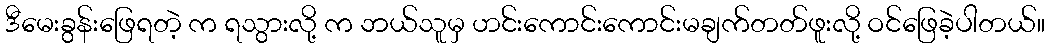
ဒီမေးခွန်းဖြေရတဲ့ က ရသွားလို့ က ဘယ်သူမှ ဟင်းကောင်းကောင်းမချက်တတ်ဖူးလို့ ဝင်ဖြေခဲ့ပါတယ်။